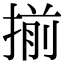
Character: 揃